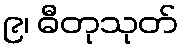
၉၊ ဓီတုသုတ်